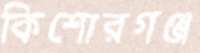
কিশোরগঞ্জ